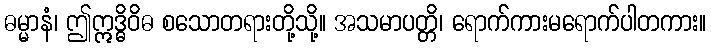
ဓမ္မာနံ၊ ဤဣဒ္ဓိဝိဓ စသောတရားတို့သို့။ အသမာပတ္တိ၊ ရောက်ကားမရောက်ပါတကား။